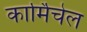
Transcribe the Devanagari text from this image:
कार्मिचेल